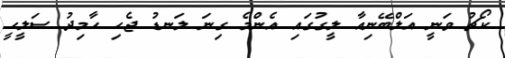
ކޯޗު ވަނީ އަލްބޭނިއާ ލީގުގައި އެންމެ ގިނަ ލަނޑު ޖެހި ހާމިދު ސަލީހީ